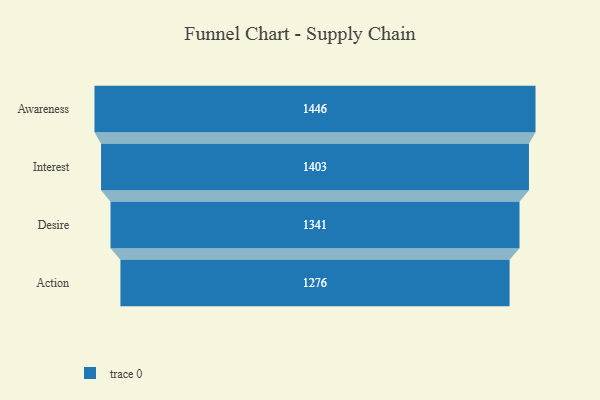
{"axis": {"x": "Stage", "y": "Value"}, "legend": [""], "data": [{"x": "Awareness", "y": 1446.0, "type": ""}, {"x": "Interest", "y": 1403.0, "type": ""}, {"x": "Desire", "y": 1341.0, "type": ""}, {"x": "Action", "y": 1276.0, "type": ""}]}